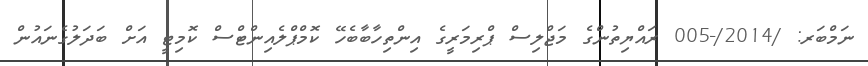
ނަމްބަރ: /2014/-005 ރައްޔިތުންގެ މަޖްލިސް ޕްރިމަރީގެ އިންތިހާބާބެހޭ ކޮމްޕްލެއިންޓްސް ކޮމިޓީ އަށް ބަދަލުގެނައުން